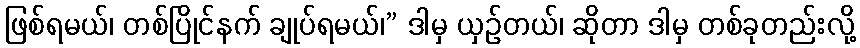
ဖြစ်ရမယ်၊ တစ်ပြိုင်နက် ချုပ်ရမယ်၊” ဒါမှ ယှဉ်တယ်၊ ဆိုတာ ဒါမှ တစ်ခုတည်းလို့